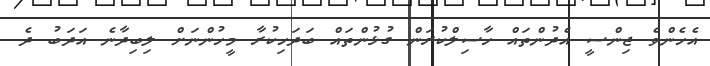
އެހެންވެ ޖިންސީ އެދުންތައް ހާސިލްކުރަން ގުޅުންތައް ބަދަހިކުރާ މީހުންނަށް ލިބިދާނެ އަދަބު ދެ